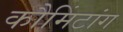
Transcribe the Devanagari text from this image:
कौमिंटांग